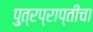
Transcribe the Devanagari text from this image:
पु्त्रप्राप्तीचा